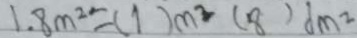
1 . 8 m ^ { 2 } = ( 1 ) m ^ { 2 } ( 8 ) d m ^ { 2 }